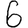
Digit: 6